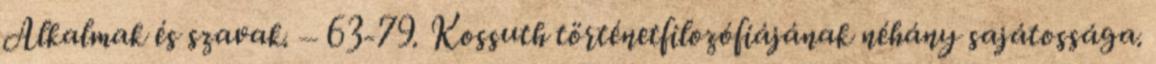
Alkalmak és szavak. – 63-79. Kossuth történetfilozófiájának néhány sajátossága.